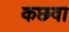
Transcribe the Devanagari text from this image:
कछवा